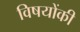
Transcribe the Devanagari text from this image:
विषयोंकी